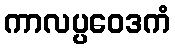
ကာလပ္ပဝေဒကံ